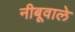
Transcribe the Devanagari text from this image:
नीबूवाले